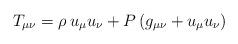
LaTeX: \begin{align*}T_{\mu\nu} = \rho \, u_{\mu} u_{\nu} + P \left( g_{\mu\nu} + u_{\mu} u_{\nu} \right)\end{align*}